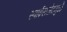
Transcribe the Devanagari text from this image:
स्पाईसजेटमुळे